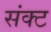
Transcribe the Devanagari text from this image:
संक्ट